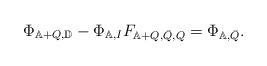
\begin{align*} \Phi_{\mathbb{A}+Q,\mathbb{D}}-\Phi_{\mathbb{A},I}F_{\mathbb{A}+Q,\bar{Q},Q}=\Phi_{\mathbb{A},\bar{Q}}.\end{align*}